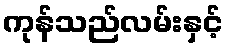
ကုန်သည်လမ်းနှင့်